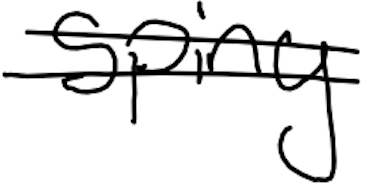
Text: spiny
Cross-out: double-line
Writing tool: digital_black